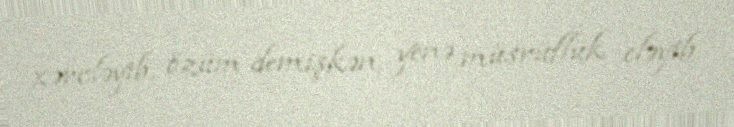
xərcləyib, özüm demişkən, yenə müsrüflük eləyib.